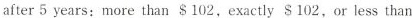
after 5 years:more than $102,exactly $ 102，or less than